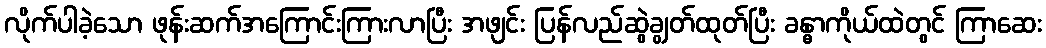
လိုက်ပါခဲ့သော ဖုန်းဆက်အကြောင်းကြားလာပြီး အဖျင်း ပြန်လည်ဆွဲချွတ်ထုတ်ပြီး ခန္ဓာကိုယ်ထဲတွင် ကြာဆေး